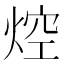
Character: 焢